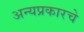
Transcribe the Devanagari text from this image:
अन्यप्रकारचे